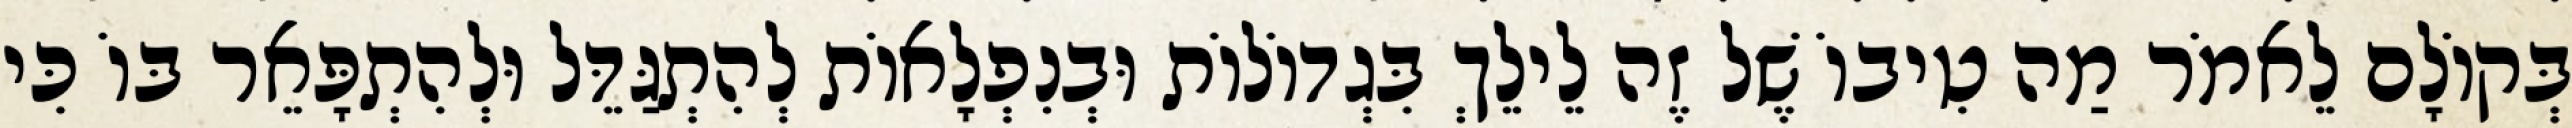
בְּקוֹלָם לֵאמֹר מַה טִיבוֹ שֶׁל זֶה לֵילֵךְ בִּגְדוֹלוֹת וּבְנִפְלָאוֹת לְהִתְגַּדֵּל וּלְהִתְפָּאֵר בּוֹ כִּי